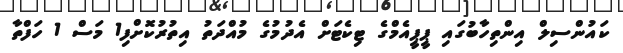
ކައުންސިލް އިންތިހާބުގައި ޕީޕީއެމްގެ ޓިކެޓަށް އެދުމުގެ މުއްދަތު އިތުރުކޮށްފި1 މަސް 1 ހަފްތާ